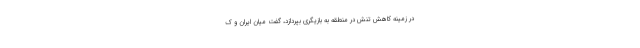
در زمینه کاهش تنش در منطقه به بازیگری بپردازد، گفت میان ایران و ک